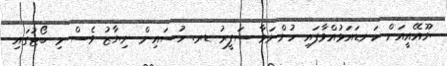
ޔޫއޭއީއަށް ކަނޑައަޅުއްވާފައި ހުންނަވާ ސަފީރު ޑރ. ހުސައިން ނިޔާޒު ވެސް މި ބޯޓުގައި